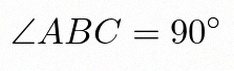
\angle ABC=90^\circ